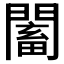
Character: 𲈰